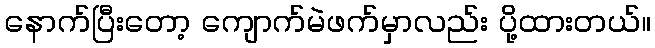
နောက်ပြီးတော့ ကျောက်မဲဖက်မှာလည်း ပို့ထားတယ်။